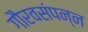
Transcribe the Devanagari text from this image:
गौरवसंपन्न